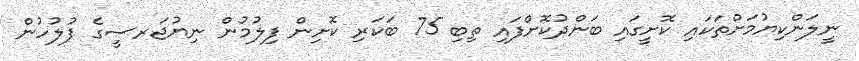
ނީލަންކިޔުމަށްތަކައި ކޮށީގައި ބަންދުކޮށްފައި ތިބި 75 ބަކަރި ކޮށިން ފިލުމުން ނިޔުޖަރސީގެ ފުލުހުން